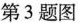
第3题图